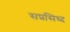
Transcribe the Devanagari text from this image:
सप्रसिध्द